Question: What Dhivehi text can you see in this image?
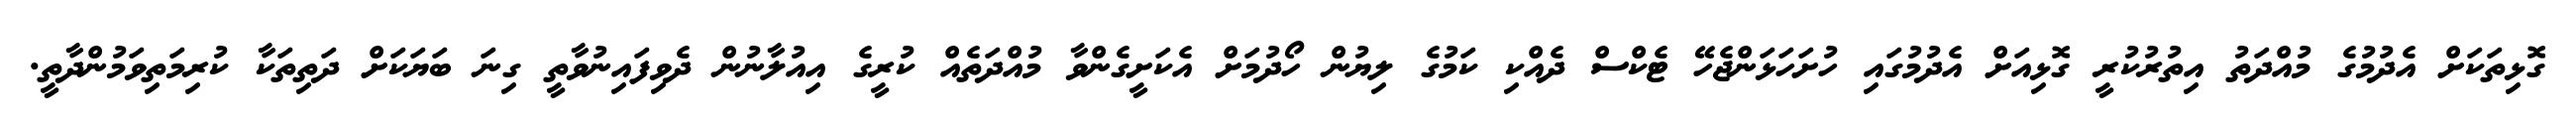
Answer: ގޮޅިތަކަށް އެދުމުގެ މުއްދަތު އިތުރުކުރީ ގޮޅިއަށް އެދުމުގައި ހުށަހަޅަންޖެހޭ ޓެކްސް ދެއްކި ކަމުގެ ލިޔުން ހޯދުމަށް އެކަށީގެންވާ މުއްދަތެއް ކުރީގެ އިއުލާނުން ދެވިފައިނުވާތީ ގިނަ ބަޔަކަށް ދަތިތަކާ ކުރިމަތިވަމުންދާތީ.